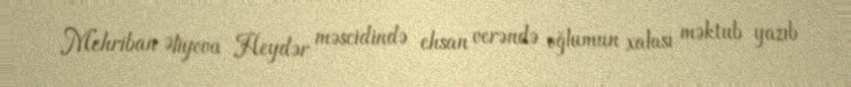
Mehriban Əliyeva Heydər məscidində ehsan verəndə oğlumun xalası məktub yazıb